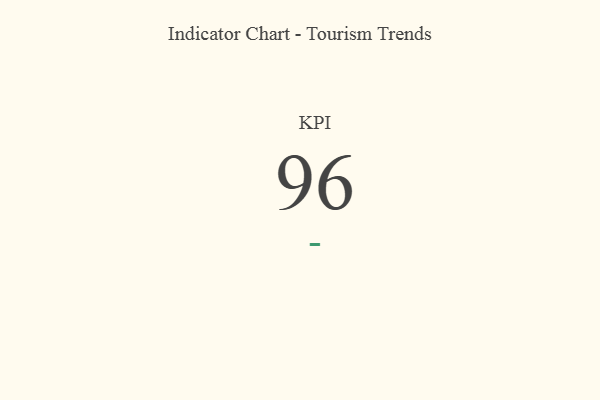
{"axis": {"x": "KPI", "y": "Value"}, "legend": [""], "data": [{"x": "KPI", "y": 96, "type": ""}]}